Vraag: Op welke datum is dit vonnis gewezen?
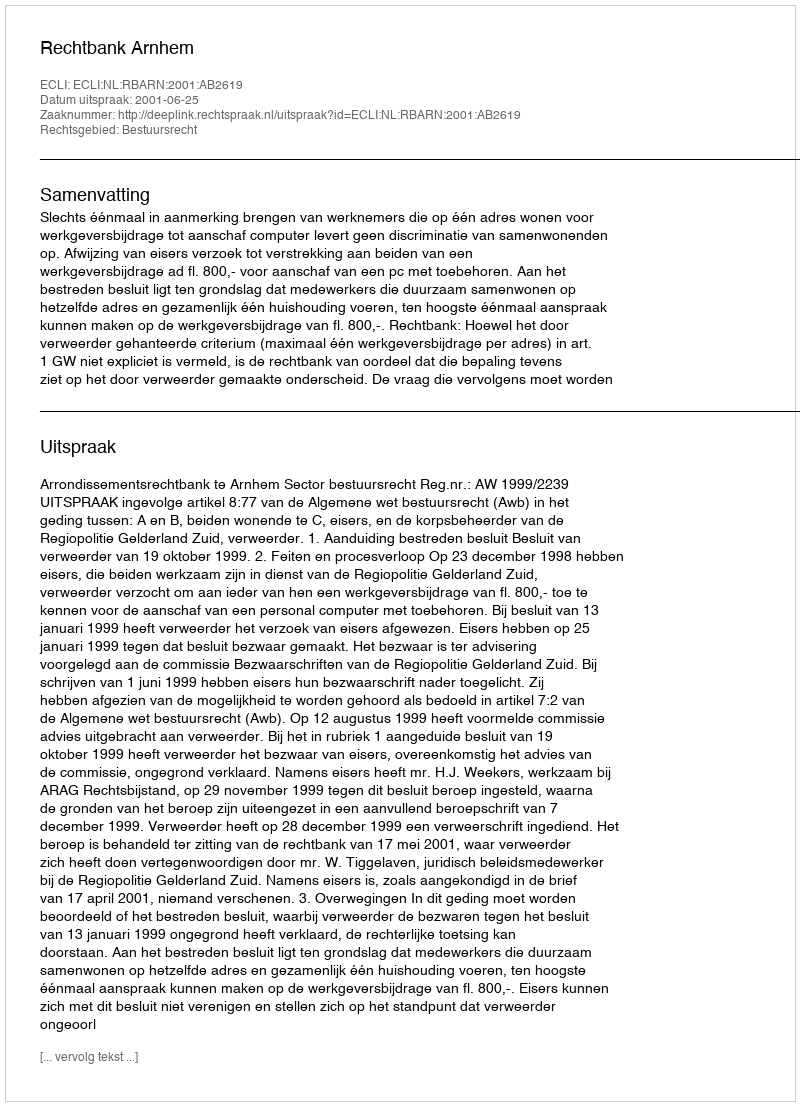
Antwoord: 2001-06-25